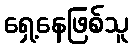
ရှေ့နေဖြစ်သူ